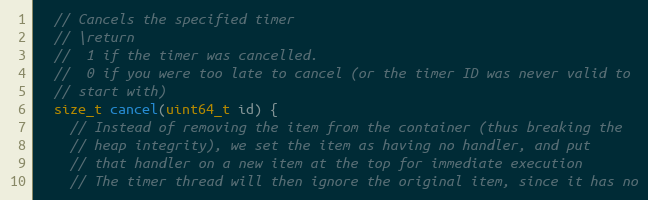
Language: C
  // Cancels the specified timer
  // \return
  //  1 if the timer was cancelled.
  //  0 if you were too late to cancel (or the timer ID was never valid to
  // start with)
  size_t cancel(uint64_t id) {
    // Instead of removing the item from the container (thus breaking the
    // heap integrity), we set the item as having no handler, and put
    // that handler on a new item at the top for immediate execution
    // The timer thread will then ignore the original item, since it has no